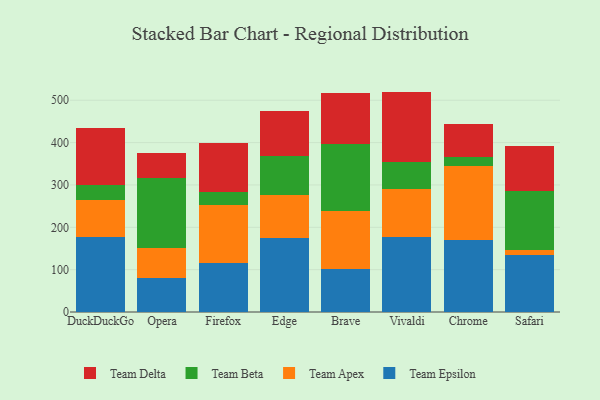
{"axis": {"x": "Browser", "y": "Satisfaction Score"}, "legend": ["Team Apex", "Team Beta", "Team Delta", "Team Epsilon"], "data": [{"x": "DuckDuckGo", "y": 177.8, "type": "Team Epsilon"}, {"x": "DuckDuckGo", "y": 85.7, "type": "Team Apex"}, {"x": "DuckDuckGo", "y": 36.5, "type": "Team Beta"}, {"x": "DuckDuckGo", "y": 135.0, "type": "Team Delta"}, {"x": "Opera", "y": 81.3, "type": "Team Epsilon"}, {"x": "Opera", "y": 70.6, "type": "Team Apex"}, {"x": "Opera", "y": 163.5, "type": "Team Beta"}, {"x": "Opera", "y": 59.5, "type": "Team Delta"}, {"x": "Firefox", "y": 114.7, "type": "Team Epsilon"}, {"x": "Firefox", "y": 137.6, "type": "Team Apex"}, {"x": "Firefox", "y": 30.3, "type": "Team Beta"}, {"x": "Firefox", "y": 117.6, "type": "Team Delta"}, {"x": "Edge", "y": 174.4, "type": "Team Epsilon"}, {"x": "Edge", "y": 102.0, "type": "Team Apex"}, {"x": "Edge", "y": 91.2, "type": "Team Beta"}, {"x": "Edge", "y": 106.1, "type": "Team Delta"}, {"x": "Brave", "y": 102.6, "type": "Team Epsilon"}, {"x": "Brave", "y": 136.3, "type": "Team Apex"}, {"x": "Brave", "y": 157.4, "type": "Team Beta"}, {"x": "Brave", "y": 121.6, "type": "Team Delta"}, {"x": "Vivaldi", "y": 176.3, "type": "Team Epsilon"}, {"x": "Vivaldi", "y": 114.6, "type": "Team Apex"}, {"x": "Vivaldi", "y": 63.9, "type": "Team Beta"}, {"x": "Vivaldi", "y": 165.6, "type": "Team Delta"}, {"x": "Chrome", "y": 168.9, "type": "Team Epsilon"}, {"x": "Chrome", "y": 177.0, "type": "Team Apex"}, {"x": "Chrome", "y": 21.0, "type": "Team Beta"}, {"x": "Chrome", "y": 77.7, "type": "Team Delta"}, {"x": "Safari", "y": 134.0, "type": "Team Epsilon"}, {"x": "Safari", "y": 13.0, "type": "Team Apex"}, {"x": "Safari", "y": 139.6, "type": "Team Beta"}, {"x": "Safari", "y": 106.1, "type": "Team Delta"}]}